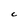
Character: C